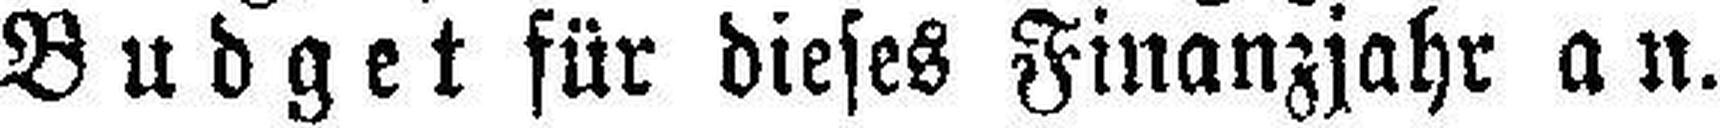
Budget für dieses Finanzjahr an.